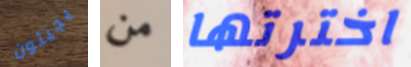
يجيئون من اخترتها